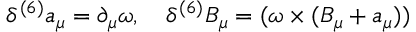
\delta ^ { ( 6 ) } a _ { \mu } = \partial _ { \mu } \omega , \quad \delta ^ { ( 6 ) } B _ { \mu } = ( \omega \times ( B _ { \mu } + a _ { \mu } ) )